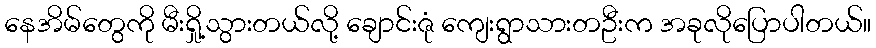
နေအိမ်တွေကို မီးရှို့သွားတယ်လို့ ချောင်းဇုံ ကျေးရွာသားတဦးက အခုလိုပြောပါတယ်။